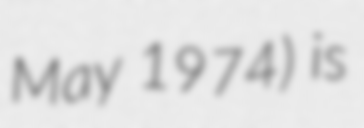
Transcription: May 1974) is